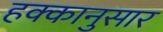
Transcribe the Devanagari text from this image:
हक्कानुसार